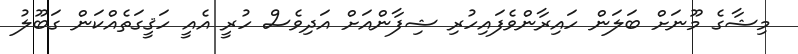
މިޝާގެ މޫނަށް ބަލަން ހައިރާންވެފައިހުރި ޝިފާންއަށް އަދިވެސް ހުރީ އެއީ ހަޤީގަތެއްކަން ގަބޫލު